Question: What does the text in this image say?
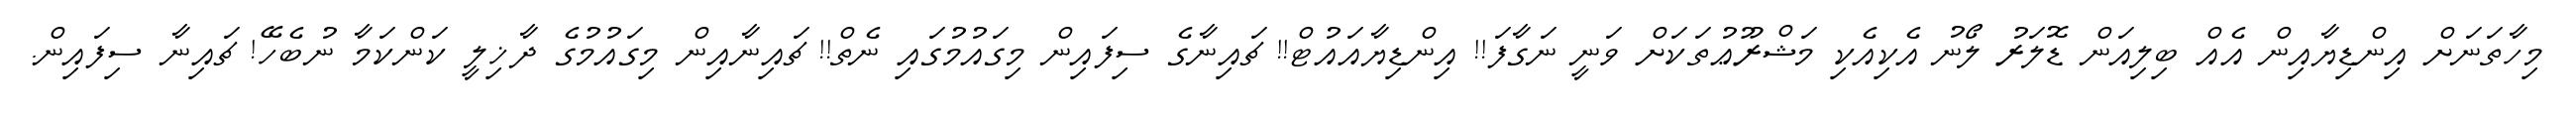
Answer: މިހާތަނަށް އިންޑިޔާއިން އެއް ބިލިއަން ޑޮލަރު ލޯނު އެކިއެކި މަޝްރޫޢުތަކަށް ވަނީ ނަގާފަ!! އިންޑިޔާއައުޓް!! ޗައިނާގެ ސިފައިން މިގައުމުގައި ނެތް!! ޗައިނާއިން މިގައުމުގެ ދާޚިލީ ކަންކަމާ ނުބެހޭ! ޗައިނާ ސިފައިން.